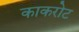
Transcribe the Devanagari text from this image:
काकरोट